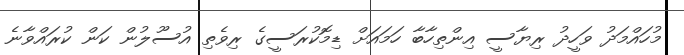
މުހައްމަދު ވަހީދު ރިޔާސީ އިންތިހާބާ ހަމައަށް ޑިމޮކުރަސީގެ ރިވެތި އުސޫލުން ކަން ކުރައްވާނެ